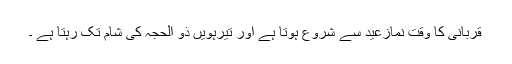
قربانی کا وقت نمازعید سے شروع ہوتا ہے اور تیرہویں ذو الحجہ کی شام تک رہتا ہے ۔